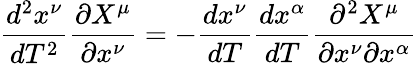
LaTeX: {\frac{d^{2}x^{\nu}}{dT^{2}}}{\frac{\partial X^{\mu}}{\partial x^{\nu}}}=-{\frac{dx^{\nu}}{dT}}{\frac{dx^{\alpha}}{dT}}{\frac{\partial^{2}X^{\mu}}{\partial x^{\nu}\partial x^{\alpha}}}